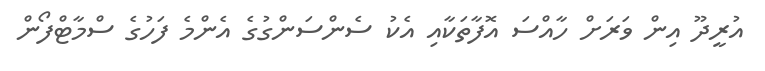
އުރީދޫ އިން ވަރަށް ހާއްސަ އޮފާތަކާއި އެކު ސެންސަންގުގެ އެންމެ ފަހުގެ ސްމާޓްފޯން